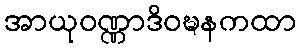
အာယုဝဏ္ဏာဒိဝဍ္ဎနကထာ